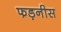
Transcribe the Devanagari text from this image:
फड़नीस